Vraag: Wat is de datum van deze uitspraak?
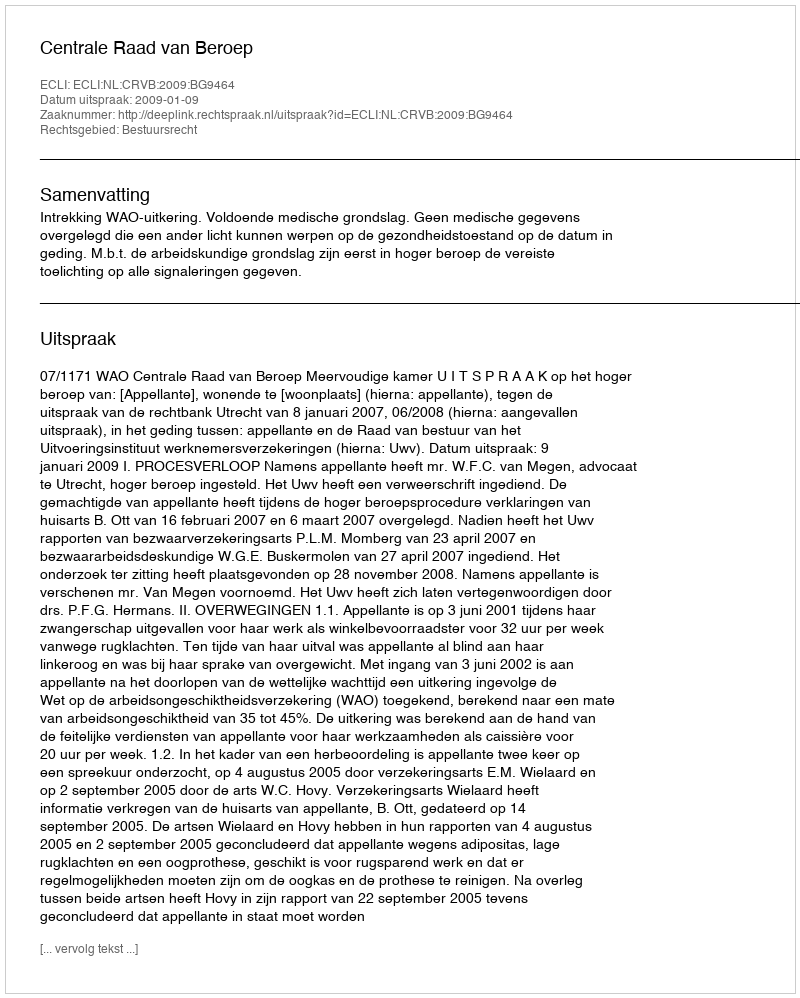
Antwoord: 2009-01-09